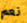
نعم